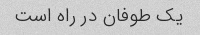
یک طوفان در راه است